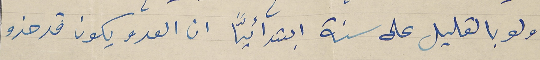
ولو بالقليل على سنة ابتدائيّاً ان العدو يكون قد حذو